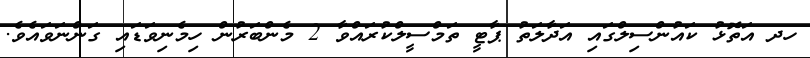
ހދ އަތޮޅު ކައުންސިލްގައި އަދާލަތު ޕާޓީ ތަމްސީލްކުރައްވާ 2 މެންބަރުން ހިމެނިވަޑައި ގަންނަވައެވެ.